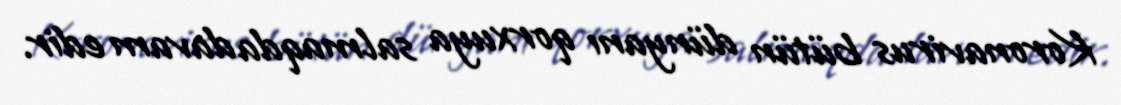
Koronavirus bütün dünyanı qorxuya salmaqda davam edir.